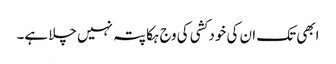
ابھی تک ان کی خود کشی کی وج ہکا پتہ نہیں چلا ہے۔